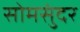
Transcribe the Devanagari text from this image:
सोमसुंदर